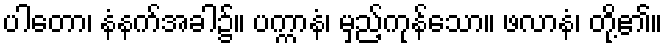
ပါတော၊ နံနက်အခါ၌။ ပက္ကာနံ၊ မှည့်ကုန်သော။ ဖလာနံ၊ တို့၏။